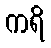
ကရိ